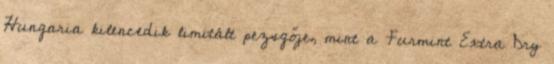
Hungaria kilencedik limitált pezsgője, mint a Furmint Extra Dry